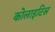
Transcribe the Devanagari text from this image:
कोलाइटिस